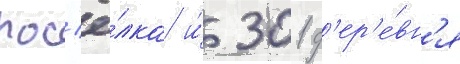
пос'ё́лка и́ 301 д'ер'е́вн'я